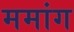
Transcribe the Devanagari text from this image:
ममांग